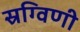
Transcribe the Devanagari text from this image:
स्रग्विणी